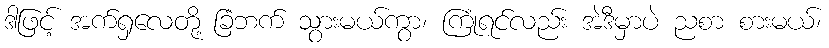
ဒါဖြင့် အက်ရှလေတို့ ခြံဘက် သွားမယ်ကွာ၊ ကြုံရင်လည်း အဲဒီမှာပဲ ညစာ စားမယ်၊